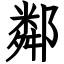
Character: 鄰